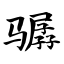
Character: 骣